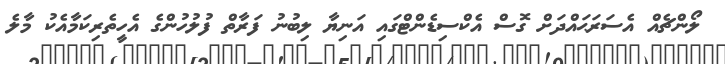
ލޯންޗެއް އެސަރަޙައްދަށް ގޮސް އެކްސިޑެންޓްގައި އަނިޔާ ލިބުނު ފަރާތް ފުލުހުންގެ އެހީތެރިކަމާއެކު މާލެ